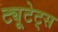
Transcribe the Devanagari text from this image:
ट्यूटेट्स